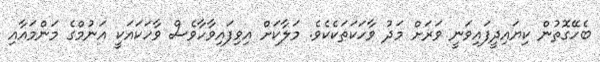
ބެހޭގޮތުން ކިޔައިދީފައިވަނީ ވަރަށް މަދު ވާހަކަތަކެކެވެ. މަލާކަށް އިވިފައިވާހާވެސް ވާހަކައަކީ އަނުމްގެ މަންމައާއި